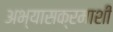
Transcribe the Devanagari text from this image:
अभ्यासक्रमाशी